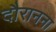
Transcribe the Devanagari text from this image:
दौरानना